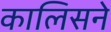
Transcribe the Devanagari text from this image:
कालिसने